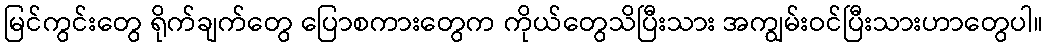
မြင်ကွင်းတွေ ရိုက်ချက်တွေ ပြောစကားတွေက ကိုယ်တွေသိပြီးသား အကျွမ်းဝင်ပြီးသားဟာတွေပါ။